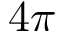
4 \pi